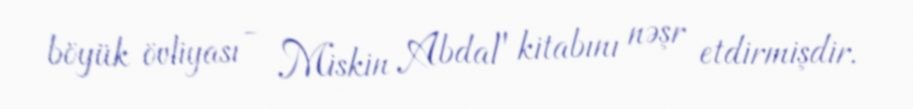
böyük övliyası - Miskin Abdal" kitabını nəşr etdirmişdir.